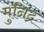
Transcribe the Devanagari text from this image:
मुनिंद्र